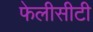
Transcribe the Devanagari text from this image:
फेलीसीटी